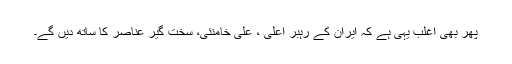
پھر بھی اغلب یہی ہے کہ ایران کے رہبر اعلیٰ ، علی خامنئی، سخت گیر عناصر کا ساتھ دیں گے۔